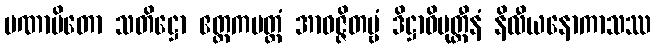
ပဏာမိတော သတိဋ္ဌော ဧတ္တကမတ္တံ အာဝဇ္ဇိတဗ္ဗံ ဒိဋ္ဌာဓိမုတ္တီနံ နိလီယနောကာသဿ